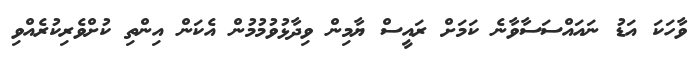
ވާހަކަ އަޑު ނައައްސަސާވާނެ ކަމަށް ރައީސް ޔާމިން ވިދާޅުވުމުމުން އެކަން އިންތި ކުށްވެރިކުރެއްވި